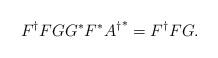
LaTeX: \begin{align*}F^{\dagger}FGG^*F^*{A^{\dagger}}^*=F^{\dagger}FG.\end{align*}